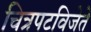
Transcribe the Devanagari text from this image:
चित्रपटविजेते